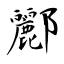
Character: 酈